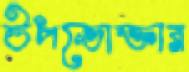
উপভোক্তার